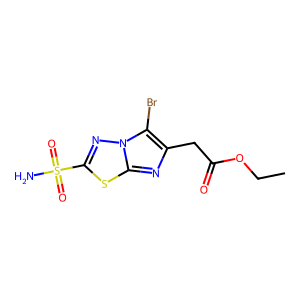
SMILES: CCOC(=O)Cc1nc2sc(S(N)(=O)=O)nn2c1Br
Inhibits HIV replication: No